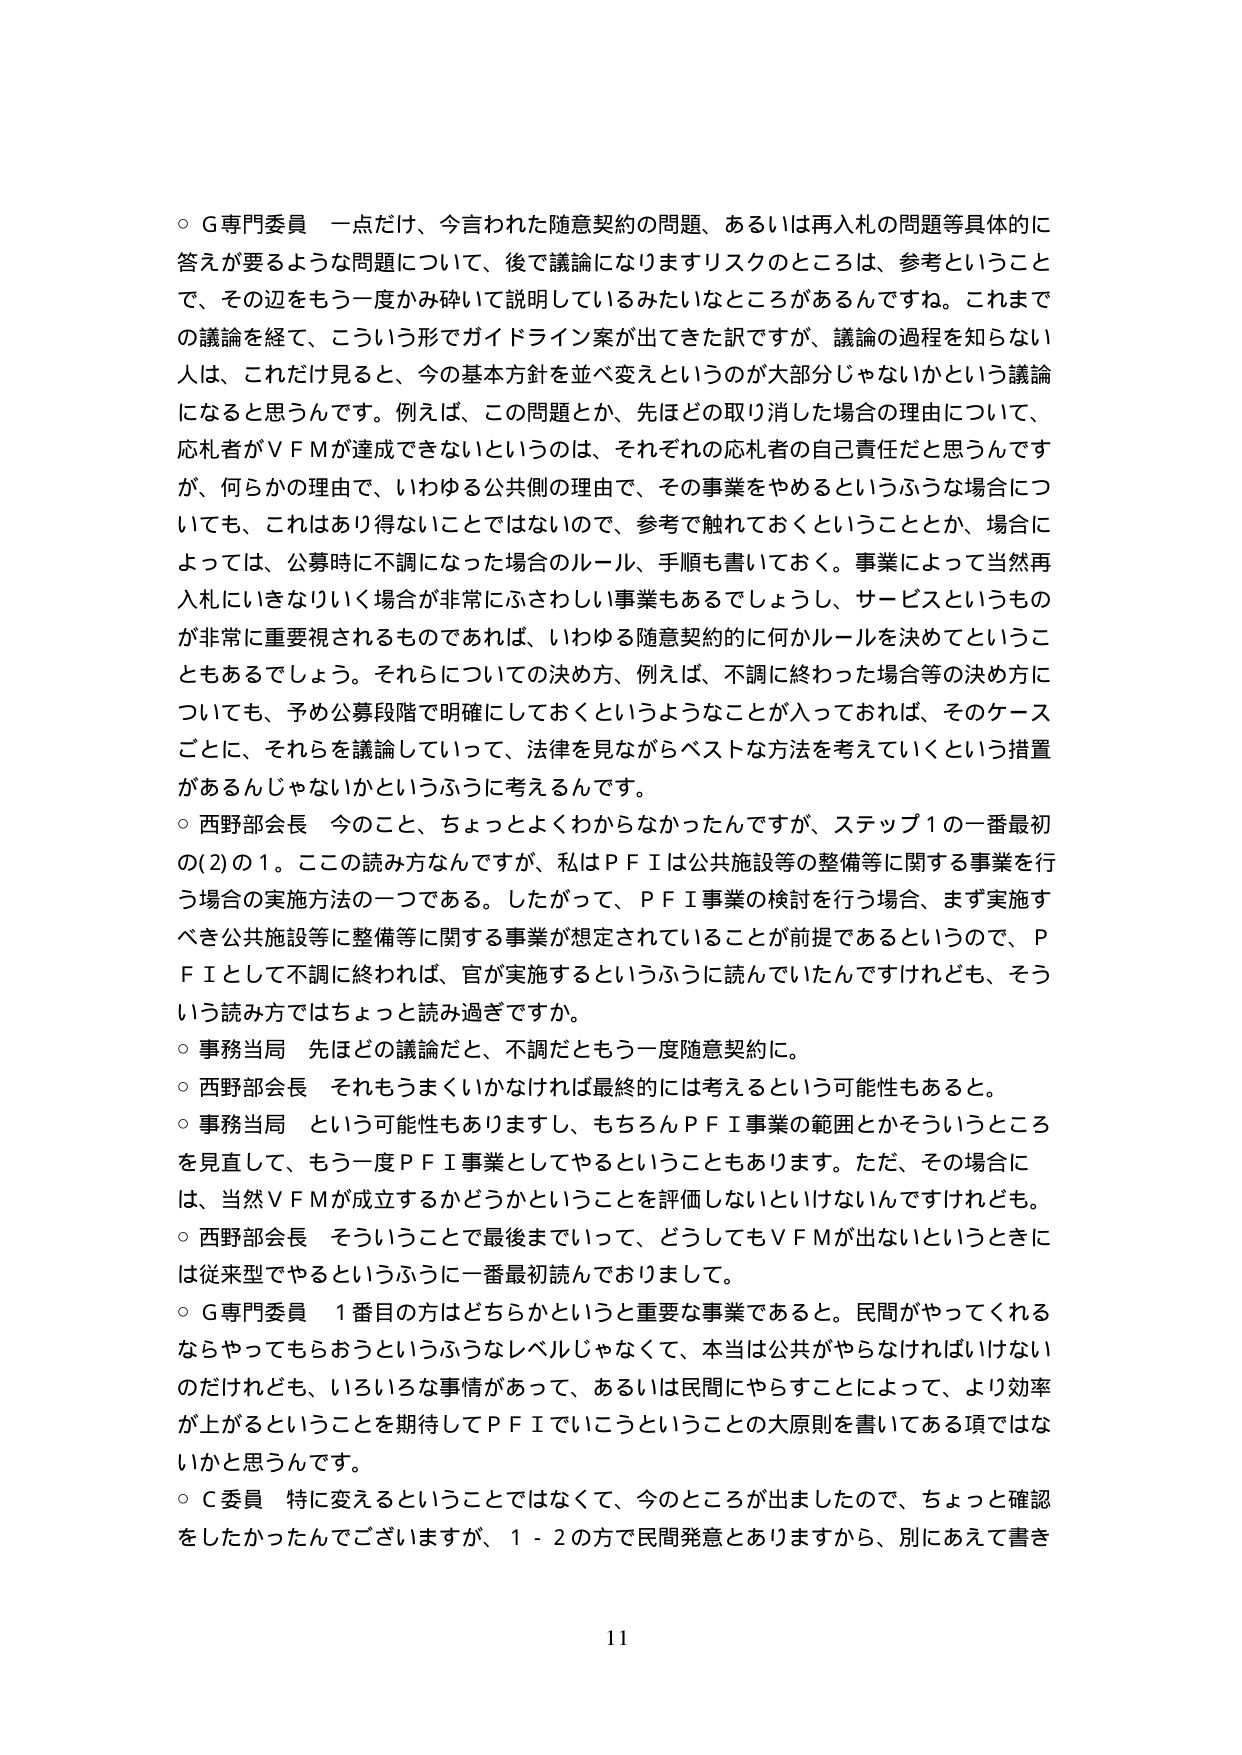
○ G専門委員 一点だけ、今言われた随意契約の問題、あるいは再入札の問題等具体的に答えが要るような問題について、後で議論になりますリスクのところは、参考ということで、その辺をもう一度かみ砕いて説明しているみたいなところがあるんですね。これまでの議論を経て、こういう形でガイドライン案が出てきた訳ですが、議論の過程を知らない人は、これだけ見ると、今の基本方針を並べ変えというのが大部分じゃないかという議論になると思うんです。例えば、この問題とか、先ほどどの取り消した場合の理由について、応札者がＶＦＭが達成できないというのは、それぞれの応札者の自己責任だと思うんですが、何らかの理由で、いわゆる公共側の理由で、その事業をやめるというふうな場合についても、これはあり得ないことはないので、参考で触れておくということとか、場合によっては、公募時に不調になった場合のルール、手順も書いておく。事業によって当然再入札にいきなりいく場合が非常にさわしい事業もあるでしょうし、サービスというものが非常に重要視されるものであれば、いわゆる随意契約的に何かルールを決めてということもあるでしょう。それらについての決め方、例えば、不調に終わった場合等の決め方についても、予め公募段階で明確にしておくというようなことが入っておれば、そのケースごとに、それらを議論していって、法律を見ながらベストな方法を考えていくという措置があるんじゃないかというふうに考えるんです。

○ 西野部会長 今のこと、ちょっとよくわからなかったんですが、ステップ１の一番最初の(2)の１。ここの読み方なんですが、私はＰＦＩは公共施設等の整備等に関する事業を行う場合の実施方法の一つである。したがって、ＰＦＩ事業の検討を行う場合、まず実施すべき公共施設等に整備等に関する事業が想定されていることが前提であるというので、ＰＦＩとして不調に終われば、官が実施するというふうに読んでいたんですけども、そういう読み方ではちょっと読み過ぎですか。

○ 事務当局 先ほどの議論だと、不調だともう一度随意契約に。

○ 西野部会長 それもうまくいかなければ最終的には考えるという可能性もあると。

○ 事務当局 という可能性もありますし、もちろんＰＦＩ事業の範囲とかそういうところを見直して、もう一度ＰＦＩ事業としてやるということもあります。ただ、その場合には、当然ＶＦＭが成立するかどうかということを評価しないといけないんですけども。

○ 西野部会長 そういうことで最後までいって、どうしてもＶＦＭが出ないというときには従来型でやるというふうに一番最初読んでおりまして。

○ G専門委員 １番目の方はどちらかというと重要な事業であると。民間がやってくれるならやってもらおうというふうなレベルじゃなくて、本当は公共がやらなければいけないのだけれども、いろいろな事情があって、あるいは民間にやらすことによって、より効率が上がるということを期待してＰＦＩでいこうということの大原則を書いてある項ではないかと思うんです。

○ C委員 特に変えるということではなくて、今のところが出ましたので、ちょっと確認をしたかったんですが、１－２の方で民間発意とありますから、別にあえて書き

11